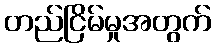
တည်ငြိမ်မှုအတွက်